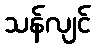
သန်လျင်